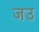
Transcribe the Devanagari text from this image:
जउ